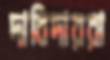
দাবিদাররা